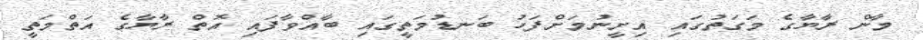
މާން ރާޔާގެ މަގަތުގައި އިށީނުމަށްފަހު ބަނޑުމަތީގައި ބާއްވާފައި އޮތް ރާޔާގެ އަތްމަތީ